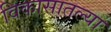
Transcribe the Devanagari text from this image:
विकासातल्या